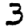
Digit: 3